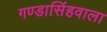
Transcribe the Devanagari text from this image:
गण्डासिंहवाला